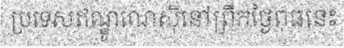
ប្រទេសឥណ្ឌូណេស៊ីនៅព្រឹកថ្ងៃពុធនេះ